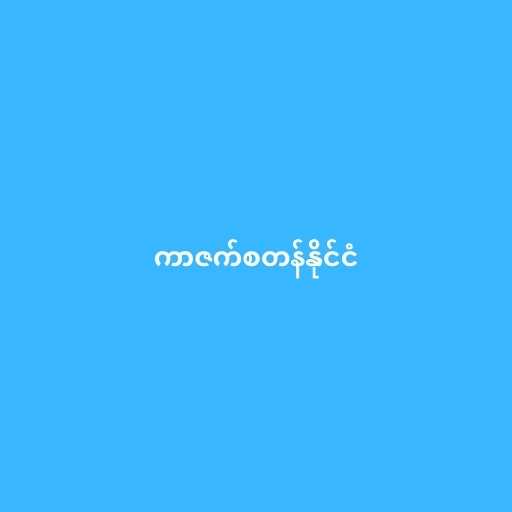
ကာဇက်စတန်နိုင်ငံ